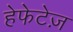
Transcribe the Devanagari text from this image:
हेफेटेज़